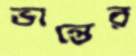
ভান্তের